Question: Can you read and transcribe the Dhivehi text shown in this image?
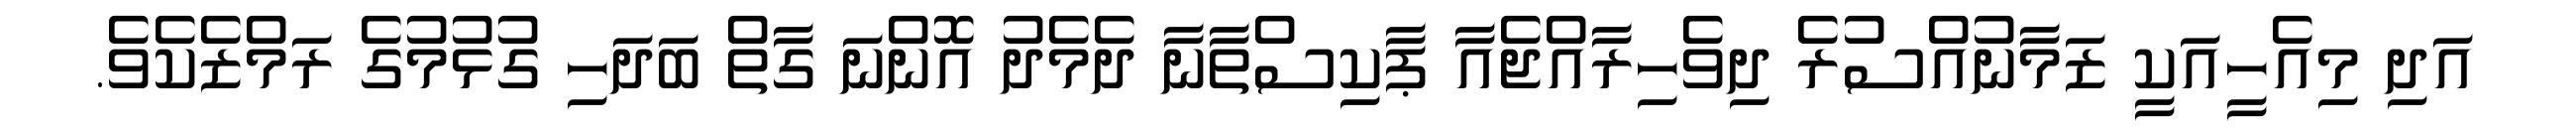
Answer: އަދި މިއެހީއަކީ ޒަމާނުއްސުރެ ދިވެހިރާއްޖެއާ ޕާކިސްތާނާ ދެމެދު އޮންނަ ގާތް ބަދަހި ގުޅުމުގެ ރަމްޒެކެވެ.